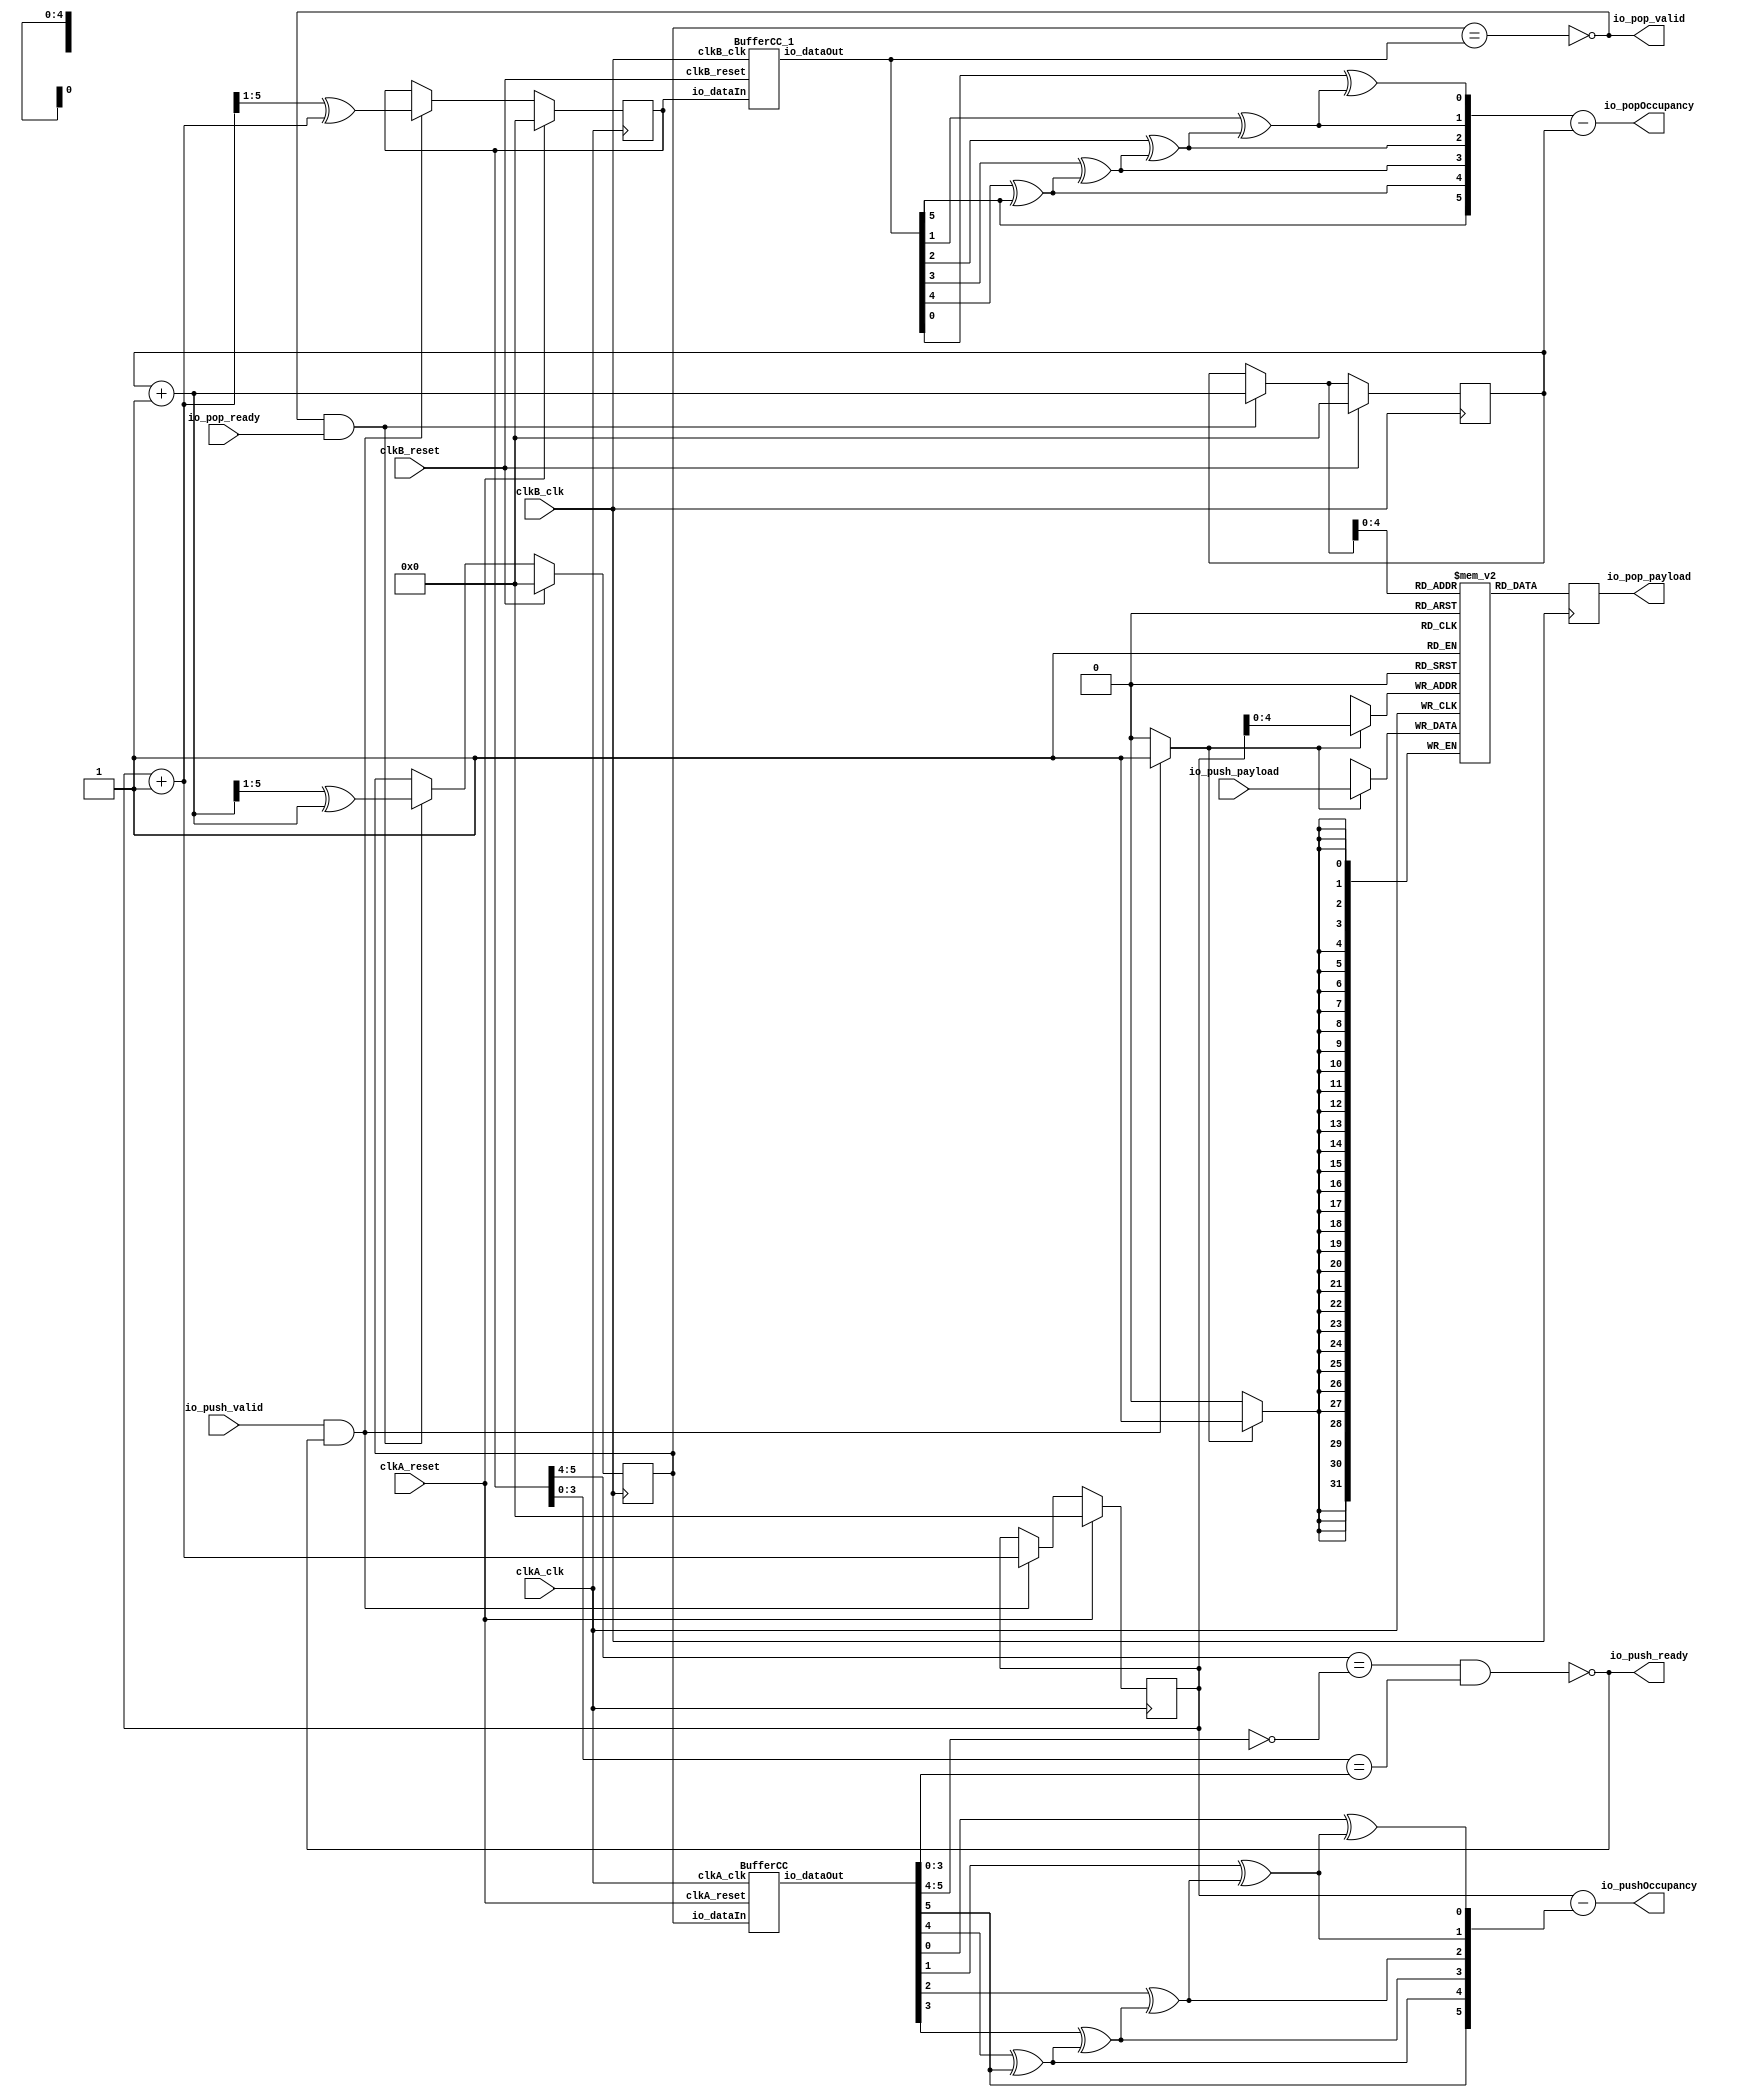
// Generator : SpinalHDL v1.4.3    git head : adf552d8f500e7419fff395b7049228e4bc5de26
// Component : StreamFifoCC
// Git hash  : adf552d8f500e7419fff395b7049228e4bc5de26



module StreamFifoCC (
  input               io_push_valid,
  output              io_push_ready,
  input      [31:0]   io_push_payload,
  output              io_pop_valid,
  input               io_pop_ready,
  output     [31:0]   io_pop_payload,
  output     [5:0]    io_pushOccupancy,
  output     [5:0]    io_popOccupancy,
  input               clkA_clk,
  input               clkA_reset,
  input               clkB_clk,
  input               clkB_reset
);
  reg        [31:0]   _zz_13;
  wire       [5:0]    popToPushGray_buffercc_io_dataOut;
  wire       [5:0]    pushToPopGray_buffercc_io_dataOut;
  wire                _zz_14;
  wire       [5:0]    _zz_15;
  wire       [4:0]    _zz_16;
  wire       [5:0]    _zz_17;
  wire       [4:0]    _zz_18;
  wire                _zz_19;
  reg                 _zz_1;
  wire       [5:0]    popToPushGray;
  wire       [5:0]    pushToPopGray;
  reg        [5:0]    pushCC_pushPtr;
  wire       [5:0]    pushCC_pushPtrPlus;
  reg        [5:0]    pushCC_pushPtrGray;
  wire       [5:0]    pushCC_popPtrGray;
  wire                pushCC_full;
  wire                _zz_2;
  wire                _zz_3;
  wire                _zz_4;
  wire                _zz_5;
  wire                _zz_6;
  reg        [5:0]    popCC_popPtr;
  wire       [5:0]    popCC_popPtrPlus;
  reg        [5:0]    popCC_popPtrGray;
  wire       [5:0]    popCC_pushPtrGray;
  wire                popCC_empty;
  wire       [5:0]    _zz_7;
  wire                _zz_8;
  wire                _zz_9;
  wire                _zz_10;
  wire                _zz_11;
  wire                _zz_12;
  reg [31:0] ram [0:31];

  assign _zz_14 = (io_push_valid && io_push_ready);
  assign _zz_15 = (pushCC_pushPtrPlus >>> 1'b1);
  assign _zz_16 = pushCC_pushPtr[4:0];
  assign _zz_17 = (popCC_popPtrPlus >>> 1'b1);
  assign _zz_18 = _zz_7[4:0];
  assign _zz_19 = 1'b1;
  always @ (posedge clkA_clk) begin
    if(_zz_1) begin
      ram[_zz_16] <= io_push_payload;
    end
  end

  always @ (posedge clkB_clk) begin
    if(_zz_19) begin
      _zz_13 <= ram[_zz_18];
    end
  end

  BufferCC popToPushGray_buffercc (
    .io_dataIn     (popToPushGray[5:0]                      ), //i
    .io_dataOut    (popToPushGray_buffercc_io_dataOut[5:0]  ), //o
    .clkA_clk      (clkA_clk                                ), //i
    .clkA_reset    (clkA_reset                              )  //i
  );
  BufferCC_1 pushToPopGray_buffercc (
    .io_dataIn     (pushToPopGray[5:0]                      ), //i
    .io_dataOut    (pushToPopGray_buffercc_io_dataOut[5:0]  ), //o
    .clkB_clk      (clkB_clk                                ), //i
    .clkB_reset    (clkB_reset                              )  //i
  );
  always @ (*) begin
    _zz_1 = 1'b0;
    if(_zz_14)begin
      _zz_1 = 1'b1;
    end
  end

  assign pushCC_pushPtrPlus = (pushCC_pushPtr + 6'h01);
  assign pushCC_popPtrGray = popToPushGray_buffercc_io_dataOut;
  assign pushCC_full = ((pushCC_pushPtrGray[5 : 4] == (~ pushCC_popPtrGray[5 : 4])) && (pushCC_pushPtrGray[3 : 0] == pushCC_popPtrGray[3 : 0]));
  assign io_push_ready = (! pushCC_full);
  assign _zz_2 = (pushCC_popPtrGray[1] ^ _zz_3);
  assign _zz_3 = (pushCC_popPtrGray[2] ^ _zz_4);
  assign _zz_4 = (pushCC_popPtrGray[3] ^ _zz_5);
  assign _zz_5 = (pushCC_popPtrGray[4] ^ _zz_6);
  assign _zz_6 = pushCC_popPtrGray[5];
  assign io_pushOccupancy = (pushCC_pushPtr - {_zz_6,{_zz_5,{_zz_4,{_zz_3,{_zz_2,(pushCC_popPtrGray[0] ^ _zz_2)}}}}});
  assign popCC_popPtrPlus = (popCC_popPtr + 6'h01);
  assign popCC_pushPtrGray = pushToPopGray_buffercc_io_dataOut;
  assign popCC_empty = (popCC_popPtrGray == popCC_pushPtrGray);
  assign io_pop_valid = (! popCC_empty);
  assign _zz_7 = ((io_pop_valid && io_pop_ready) ? popCC_popPtrPlus : popCC_popPtr);
  assign io_pop_payload = _zz_13;
  assign _zz_8 = (popCC_pushPtrGray[1] ^ _zz_9);
  assign _zz_9 = (popCC_pushPtrGray[2] ^ _zz_10);
  assign _zz_10 = (popCC_pushPtrGray[3] ^ _zz_11);
  assign _zz_11 = (popCC_pushPtrGray[4] ^ _zz_12);
  assign _zz_12 = popCC_pushPtrGray[5];
  assign io_popOccupancy = ({_zz_12,{_zz_11,{_zz_10,{_zz_9,{_zz_8,(popCC_pushPtrGray[0] ^ _zz_8)}}}}} - popCC_popPtr);
  assign pushToPopGray = pushCC_pushPtrGray;
  assign popToPushGray = popCC_popPtrGray;
  always @ (posedge clkA_clk) begin
    if(clkA_reset) begin
      pushCC_pushPtr <= 6'h0;
      pushCC_pushPtrGray <= 6'h0;
    end else begin
      if((io_push_valid && io_push_ready))begin
        pushCC_pushPtrGray <= (_zz_15 ^ pushCC_pushPtrPlus);
      end
      if(_zz_14)begin
        pushCC_pushPtr <= pushCC_pushPtrPlus;
      end
    end
  end

  always @ (posedge clkB_clk) begin
    if(clkB_reset) begin
      popCC_popPtr <= 6'h0;
      popCC_popPtrGray <= 6'h0;
    end else begin
      if((io_pop_valid && io_pop_ready))begin
        popCC_popPtrGray <= (_zz_17 ^ popCC_popPtrPlus);
      end
      if((io_pop_valid && io_pop_ready))begin
        popCC_popPtr <= popCC_popPtrPlus;
      end
    end
  end


endmodule

module BufferCC_1 (
  input      [5:0]    io_dataIn,
  output     [5:0]    io_dataOut,
  input               clkB_clk,
  input               clkB_reset
);
  (* async_reg = "true" *) reg        [5:0]    buffers_0;
  (* async_reg = "true" *) reg        [5:0]    buffers_1;

  assign io_dataOut = buffers_1;
  always @ (posedge clkB_clk) begin
    if(clkB_reset) begin
      buffers_0 <= 6'h0;
      buffers_1 <= 6'h0;
    end else begin
      buffers_0 <= io_dataIn;
      buffers_1 <= buffers_0;
    end
  end


endmodule

module BufferCC (
  input      [5:0]    io_dataIn,
  output     [5:0]    io_dataOut,
  input               clkA_clk,
  input               clkA_reset
);
  (* async_reg = "true" *) reg        [5:0]    buffers_0;
  (* async_reg = "true" *) reg        [5:0]    buffers_1;

  assign io_dataOut = buffers_1;
  always @ (posedge clkA_clk) begin
    if(clkA_reset) begin
      buffers_0 <= 6'h0;
      buffers_1 <= 6'h0;
    end else begin
      buffers_0 <= io_dataIn;
      buffers_1 <= buffers_0;
    end
  end


endmodule